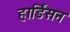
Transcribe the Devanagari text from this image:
हार्डिसन